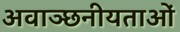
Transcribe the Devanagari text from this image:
अवाञ्छनीयताओं